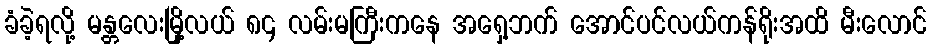
ခံခဲ့ရလို့ မန္တလေးမြို့လယ် ၈၄ လမ်းမကြီးကနေ အရှေ့ဘက် အောင်ပင်လယ်ကန်ရိုးအထိ မီးလောင်